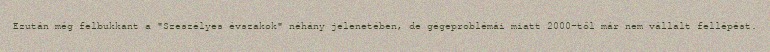
Ezután még felbukkant a "Szeszélyes évszakok" néhány jelenetében, de gégeproblémái miatt 2000-től már nem vállalt fellépést.